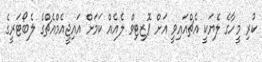
ކުރި މީހާގެ ލެޔަކީ އެޗްއައިވީ އަށް ޕޮޒިޓިވް ލެއެއް ކަމަށް އައިޖީއެމްއެޗްގެ ލެބޯޓަރީގެ